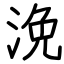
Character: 浼